Veterinary [1904] -
Year: 1904
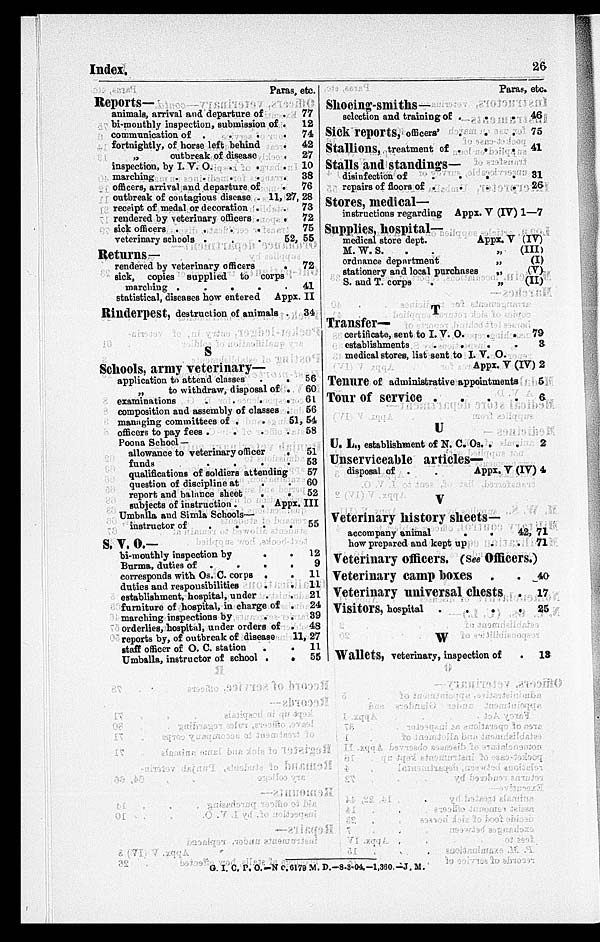
Index.
26
Paras, etc.
Reports—
animals, arrival and departure of
bi-monthly inspection, submission of .
communication of . . .
fortnightly, of horse left behind
„
outbreak of disease
inspection, by I. V. O. . .
marching
.
.
.
.
officers, arrival and departure of
77
12
74
42
27
10
38
76
outbreak of contagious disease . 11, 27, 28
receipt of medal or decoration .
rendered by veterinary officers .
sick officers .
.
.
.
73
72
75
veterinary schools .
.
.52,
55
Returns—
rendered by veterinary officers.
sick, copies supplied to corps
inarching .
.
.
..
72
41
statistical, diseases how entered Appx. II
Rinderpest, destruction of animals .
S
Schools, army veterinary—
application to attend
classes.
„
to withdraw, disposal of .
examinations
.
.
..
composition and assembly of classes .
34
56
60
61
56
managing committees of .
.51, 54
officers to pay fees .
..
Poona School —
allowance to veterinary
officer.
funds
.
.
..
qualifications of soldiers attending
question of discipline at
.
report and balance sheet
..
58
51
53
57
60
52
subjects of instruction . .Appx. III
Umballa and Simla Schools—
instructor of
.
.
..
S. V. O.—
bi-monthly inspection by
.
.
Burma, duties of
. . .
.
corresponds with Os. C. corps
.
.
duties and
responsibilities.
establishment, hospital, under .
.
furniture of hospital, in charge of .
marching inspections by
.
.
orderlies, hospital, under orders of .
55
12
9
11
11
21
24
39
48
reports by, of outbreak of disease
11, 27
staff officer of O. C. station
.
.
Umballa, instructor of school .
.
11
55
Paras, etc.
Shoeing-smiths—
selection and training of .
.
.
Sick reports, officers' . .
.
Stallions, treatment of .
.
.
Stalls and standings—
disinfection of
.
.
.
.
repairs of floors of .
.
.
.
Stores, medical—
instructions regarding Appx. V (IV)
Supplies, hospital—
46
75
41
31
26
1—7
medical store dept.
Appx. V (IV)
M. W. S.
.
.
„
ordnance department
„
stationery and local purchases
„
S. and T. corps
.
„
T
Transfer—
certificate, sent to I. V. O. . .
establishments
.
.
.
.
medical stores, list sent to I. V. O.
(III)
(I)
(V)
(II)
79
3
Appx. V (IV) 2
Tenure of administrative appointments
Tour of service . .
.
U
U. L., establishment of N. C. Os. .
.
Unserviceable articles—
5
6
2
disposal of . .
Appx. V (IV) 4
V
Veterinary history sheets—
accompany animal
.
.
how prepared and kept up . .
42, 71
71
Veterinary officers. (See Officers.)
Veterinary camp boxes .
.
Veterinary universal chests .
Visitors, hospital . .
.
.
W
Wallets, veterinary, inspection of
40
17
25
13
G. I. C. P. O.-No. 6179 M. D.-8.3-04.-1,360.—J. M.